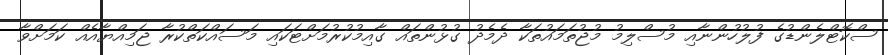
ސްކޮޓްލެންޑުގެ ފުލުހުންނާއި މުސްލިމު މުޖުތަމައުތަކާ ދެމެދު ގުޅުންތައް ގާއިމުކުރުމަށްޓަކައި މަސައްކަތްކުރާ ޖަމިއްޔާއެއް ކަމަށްވާ